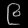
Digit: ၉